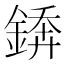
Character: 𨪻